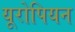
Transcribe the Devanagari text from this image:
यूरोपियन